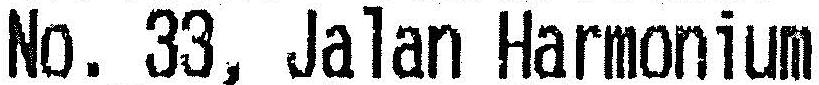
NO.33, JALAN HARMONIUM